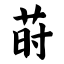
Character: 莳